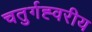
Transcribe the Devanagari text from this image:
चतुर्गह्वरीय